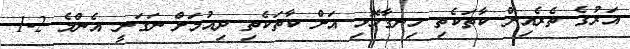
އަރުގެ ތެރެއިން ކާތަކެތި ހިނގާހޮޅި އަށް ކާތަކެތި ދިއުމަށް ނަގަނީ އެންމެ 2-1